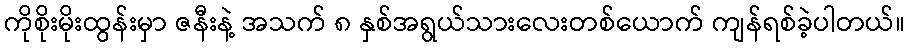
ကိုစိုးမိုးထွန်းမှာ ဇနီးနဲ့ အသက် ၈ နှစ်အရွယ်သားလေးတစ်ယောက် ကျန်ရစ်ခဲ့ပါတယ်။